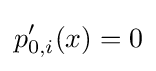
p'_{0,i}(x)=0